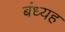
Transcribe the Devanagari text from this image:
बंध्यह